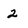
Character: 2